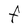
Character: F